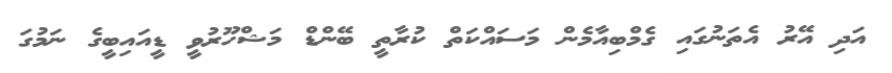
އަދި އޭރު އެތަނުގައި ގެމްބިއާމެން މަސައްކަތް ކުރާތީ ބޭންޑް މަޝްހޫރުވީ ޑީއައިބީގެ ނަމުގަ